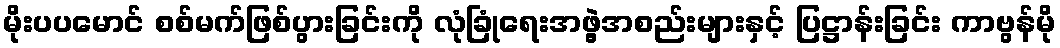
မိုးပပမောင် စစ်မက်ဖြစ်ပွားခြင်းကို လုံခြုံရေးအဖွဲ့အစည်းများနှင့် ပြဋ္ဌာန်းခြင်း ကာဗွန်မို